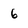
Character: 6